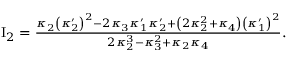
\begin{array} { r } { \mathrm { I } _ { 2 } = \frac { \kappa _ { 2 } \left( \kappa _ { 2 } ^ { \prime } \right) ^ { 2 } - 2 \kappa _ { 3 } \kappa _ { 1 } ^ { \prime } \kappa _ { 2 } ^ { \prime } + \left( 2 \kappa _ { 2 } ^ { 2 } + \kappa _ { 4 } \right) \left( \kappa _ { 1 } ^ { \prime } \right) ^ { 2 } } { 2 \kappa _ { 2 } ^ { 3 } - \kappa _ { 3 } ^ { 2 } + \kappa _ { 2 } \kappa _ { 4 } } . } \end{array}